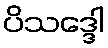
ပိသဒ္ဒေါ